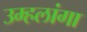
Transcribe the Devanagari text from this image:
उम्हलांगा